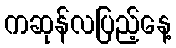
ကဆုန်လပြည့်နေ့